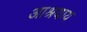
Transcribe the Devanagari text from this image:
आश्रयाय